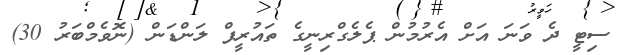
ސިޓީ ދެ ވަނަ އަށް އެރުމުން ޕެލެގްރިނީގެ ތައުރީފް ލަންޑަން (ނޮވެމްބަރު 30)